Report on the lunatic asylums under the Government of Bombay - 1904-1913
Year: 1904
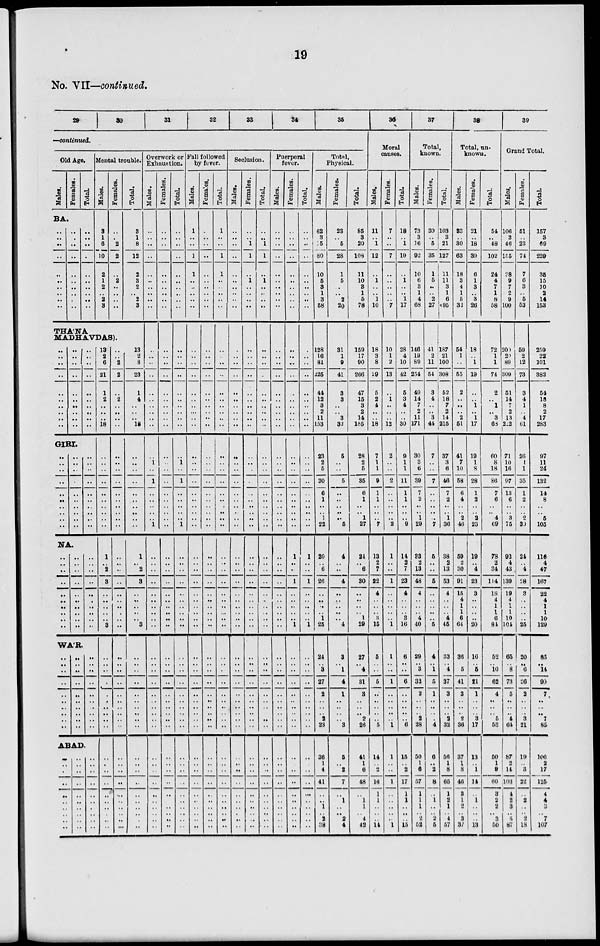
19
No. VII—continued.
29
30
31
32
33
34
35
—continued.
Old Age.
Males.
Females.
Total.
BA.
..
..
..
..
..
..
..
..
..
..
..
..
..
..
..
..
..
..
..
..
..
..
..
..
..
..
..
..
..
..
Mental trouble.
Males.
3
1
6
10
2
1
2
2
3
Females.
..
..
2
2
..
2
..
..
..
THA'NA
MADHAVDAS).
..
..
..
..
..
..
..
..
..
..
..
..
..
..
..
..
..
..
..
..
..
..
..
..
..
..
..
..
..
..
GIRI.
..
..
..
..
..
..
..
..
..
..
..
..
..
..
..
..
..
..
..
..
..
..
..
..
..
..
..
..
..
..
NA.
..
..
..
..
..
..
..
..
..
..
..
..
..
..
..
..
..
..
..
..
..
..
..
..
..
..
..
..
..
..
WA'R.
..
..
..
..
..
..
..
..
..
..
..
..
..
..
..
..
..
..
..
..
..
..
..
..
..
..
..
..
..
..
ABAD.
..
..
..
..
..
..
..
..
..
..
..
..
..
..
..
..
..
..
..
..
..
..
..
..
..
..
..
..
..
..
13
2
6
21
1
2
..
..
..
18
..
..
..
..
..
..
..
..
..
..
1
..
2
3
..
..
..
..
..
3
..
..
..
..
..
..
..
..
..
..
..
..
..
..
..
..
..
..
..
..
..
..
2
2
..
2
..
..
.. ..
..
..
..
..
..
..
..
..
..
..
..
..
..
..
..
..
..
..
..
..
..
..
..
..
..
..
..
..
..
..
..
..
..
..
..
..
..
..
..
..
Total.
3
1
8
12
2
3
2
2
3
13
2
8
23
1
4
..
..
.. 18
..
..
..
..
..
..
..
..
..
..
1
..
2
3
..
..
..
..
..
3
..
..
..
..
..
..
..
..
..
..
..
..
..
..
..
..
..
..
..
..
Overwork or
Exhaustion.
Males.
..
..
..
..
..
..
..
..
..
..
..
..
..
..
..
..
..
..
..
..
..
1
..
1
..
..
..
..
.. 1
..
..
..
..
..
..
..
..
..
..
..
..
..
..
..
..
..
..
..
..
..
..
..
..
..
..
..
..
..
..
Females.
..
..
..
..
..
..
..
..
..
..
..
..
..
..
..
..
..
..
..
..
..
..
..
..
..
..
..
..
.. ..
..
..
..
..
..
..
..
..
..
..
..
..
..
..
..
..
..
..
..
..
..
..
..
..
..
..
..
..
..
..
Total.
..
..
..
..
..
..
..
..
..
..
..
..
..
..
..
..
..
..
..
..
..
1
..
1
..
..
..
..
.. 1
..
..
..
..
..
..
..
..
..
..
..
..
..
..
..
..
..
..
..
..
..
..
..
..
..
..
..
..
..
..
Fall followed
by fever.
Males.
1
..
..
1
1
..
..
..
..
..
..
..
..
..
..
..
..
..
..
..
..
..
..
..
..
..
..
..
..
..
..
..
..
..
..
..
..
..
..
..
..
..
..
..
..
..
..
..
..
..
..
..
..
..
..
..
..
..
..
..
Females.
..
..
..
..
..
..
..
..
..
..
..
..
..
..
..
..
..
..
..
..
..
..
..
..
..
..
..
..
..
..
..
..
..
..
..
..
..
..
..
..
..
..
..
..
..
..
..
..
..
..
..
..
..
..
..
..
..
..
..
..
Total.
1
..
..
1
1
..
..
..
..
..
..
..
..
..
..
..
..
..
..
..
..
..
..
..
..
..
..
..
..
..
..
..
..
..
..
..
..
..
..
..
..
..
..
..
..
..
..
..
..
..
..
..
..
..
..
..
..
..
..
..
Seclusion.
Males.
..
..
..
..
..
..
..
..
..
..
..
..
..
..
..
..
..
..
..
..
..
..
..
..
..
..
..
..
..
..
..
..
..
..
..
..
..
..
..
..
..
..
..
..
..
..
..
..
..
..
..
..
..
..
..
..
..
..
..
..
Females.
..
..
1
1
..
1
..
..
..
..
..
..
..
..
..
..
..
..
..
..
..
..
..
..
..
..
..
..
..
..
..
..
..
..
..
..
..
..
..
..
..
..
..
..
..
..
..
..
..
..
..
..
..
..
..
..
..
..
..
..
Total.
..
..
1
1
..
1
..
..
..
..
..
..
..
..
..
..
..
..
..
..
..
..
..
..
..
..
..
..
..
..
..
..
..
..
..
..
..
..
..
..
..
..
..
..
..
..
..
..
..
..
..
..
..
..
..
..
..
..
..
..
Puerperal
fever.
Males.
..
..
..
..
..
..
..
..
..
..
..
..
..
..
..
..
..
..
..
..
..
..
..
..
..
..
..
..
..
..
..
..
..
..
..
..
..
..
..
..
..
..
..
..
..
..
..
..
..
..
..
..
..
..
..
..
..
..
..
..
Females.
..
..
..
..
..
..
..
..
..
..
..
..
..
..
..
..
..
..
..
..
..
..
..
..
..
..
..
..
..
..
1
..
..
1
..
..
..
..
..
1
..
..
..
..
..
..
..
..
..
..
..
..
..
..
..
..
..
..
..
..
Total.
..
..
..
..
..
..
..
..
..
..
..
..
..
..
..
..
..
..
..
..
..
..
..
..
..
..
..
..
..
..
1
..
..
1
..
..
..
..
..
1
..
..
..
..
..
..
..
..
..
..
..
..
..
..
..
..
..
..
..
..
Total,
Physical.
Males.
62
3
15
80
10
5
3
1
3
68
128
16
81
225
44
12
3
2
11
153
23
2
5
30
6
1
..
..
1
22
20
..
6
26
..
..
..
..
1
25
24
..
3
27
2
..
..
.. 2
23
36
1
4
41
..
..
1
.. 2
38
Females.
23
..
5
28
1
5
..
..
2
20
31
1
9
41
3
3
..
..
3
32
5
..
..
6
..
..
..
..
.. 5
4
..
..
4
..
..
..
..
..
4
3
..
1
4
1
..
..
.. ..
3
5
..
2
7
..
1
..
.. 2
4
Total.
85
3
20
109
11
10
3
1
5
78
159
17
90
266
47
15
3
2
14
185
28
2
5
35
6
1
..
..
1
27
24
..
6
30
..
..
..
..
1
29
27
..
4
31
3
..
..
..
2
26
41
1
6
48
..
1
1
.. 4
42
36
Moral
causes.
Males.
11
..
1
12
..
1
..
..
1
10
18
3
8
29
5
2
4
..
..
18
7
1
1
9
1
1
..
..
.. 7
13
2
7
22
4
..
..
..
3
15
5
..
..
5
..
..
..
..
.. 5
14
..
2
16
1
1
..
.. ..
14
Females.
7
..
..
7
..
..
..
..
..
7
10
1
2
13
..
1
..
..
..
12
2
..
..
2
..
..
..
..
.. 2
1
..
..
1
..
..
..
..
..
1
1
..
..
1
..
..
..
..
..
1
1
..
..
1
..
..
..
.. ..
1
Total.
18
..
1
19
..
1
..
..
1
17
28
4
10
42
5
3
4
..
..
30
9
1
1
11
1
1
..
..
.. 9
14
2
7
23
4
..
..
..
3
16
6
..
..
6
..
..
..
..
..
6
15
..
2
17
1
1
..
..
..
15
37
Total,
known.
Males.
73
3
16
92
10
6
3
1
4
68
146
19
89
254
49
14
7
2
11
171
30
3
6
39
7
2
..
..
1
29
83
2
13
48
4
..
..
..
4
40
29
..
3
32
2
..
..
.. 2
28
50
1
6
57
1
1
1
.. 2
52
Females.
30
..
5
35
1
5
..
..
2
27
41
2
11
54
3
4
..
..
3
44
7
..
..
7
..
..
..
..
..
7
5
..
..
5
..
..
..
..
..
5
4
..
1
5
1
..
..
.. ..
4
6
..
2
8
..
1
..
.. 2
5
Total.
103
3
21
127
11
11
3
1
6
95
187
21
100
308
52
18
7
2
14
215
37
3
6
46
7
2
..
..
1
36
38
2
13
53
4
..
..
..
4
45
33
..
4
37
3
..
..
.. 2
32
56
1
8
65
1
2
1
.. 4
57
38
Total, un-
known.
Males.
33
..
30
63
18
3
4
1
5
32
54
1
..
55
2
..
..
..
2
51
41
7
10
58
6
4
..
..
2
46
59
2
80
91
15
4
1
1
6
64
36
..
5
41
3
..
..
.. 2
36
37
1
8
46
3
1
2
.. 3
37
Females.
21
..
18
39
6
1
3
..
3
26
18
..
1
19
..
..
1
..
1
17
19
1
8
28
1
2
..
..
2
23
19
..
4
23
3
..
..
..
..
20
16
..
5
21
1
..
..
.. 3
17
13
..
1
14
..
1
..
..
..
13
Total.
54
..
48
102
24
4
7
1
8
58
39
Grand Total.
Males.
106
3
46
156
28
9
7
2
9
100
72
1
1
74
2
..
1
..
3
68
60
8
18
86
7
6
..
..
4
69
78
2
34
114
18
4
1
1
6
84
52
..
10
62
4
..
..
.. 5
53
50
1
9
60
3
2
2
.. 3
50
200
20
89
309
51
14
7
2
13
222
71
10
16
97
13
6
..
..
3
75
93
4
43
139
19
4
1
1
10
101
65
..
8
73
5
..
..
.. 4
64
87
2
14
103
4
2
3
.. 5
87
Females.
51
..
23
74
7
6
3
..
5
53
59
2
12
73
3
4
1
..
4
61
26
1
1
35
1
2
..
..
2
30
24
..
4
28
3
..
..
..
..
25
20
..
6
26
2
..
..
.. 3
21
19
..
3
22
..
2
..
.. 2
18
Total.
157
3
69
229
35
15
10
2
14
153
259
22
101
382
54
18
8
2
17
283
97
11
24
132
14
8
..
..
5
105
116
4
47
167
22
4
1
1
10
129
85
..
14
99
7
..
..
.. 7
85
106
2
17
125
4
4
3
.. 7
107